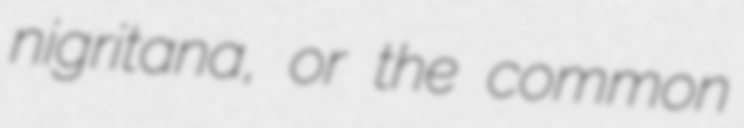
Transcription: nigritana, or the common